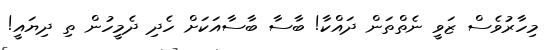
މިހާރުވެސް ޒަވީ ނެތްތަން ދައްކާ! ބާސާ ބާސާއަކަށް ހެދި ދެމީހުން ތި ދިޔައީ!